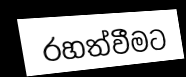
රහත්වීමට